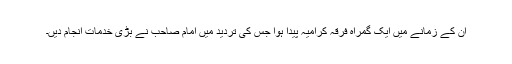
ان کے زمانے میں ایک گمراہ فرقہ کرامیہ پیدا ہوا جس کی تردید میں امام صاحب نے بڑی خدمات انجام دیں۔